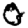
Digit: 0